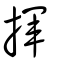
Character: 揮